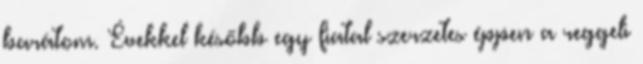
barátom. Évekkel később egy fiatal szerzetes éppen a reggeli